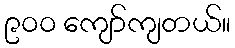
၉၀၀ ကျော်ကျတယ်။